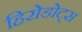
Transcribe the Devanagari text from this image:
हिरोडोट्स